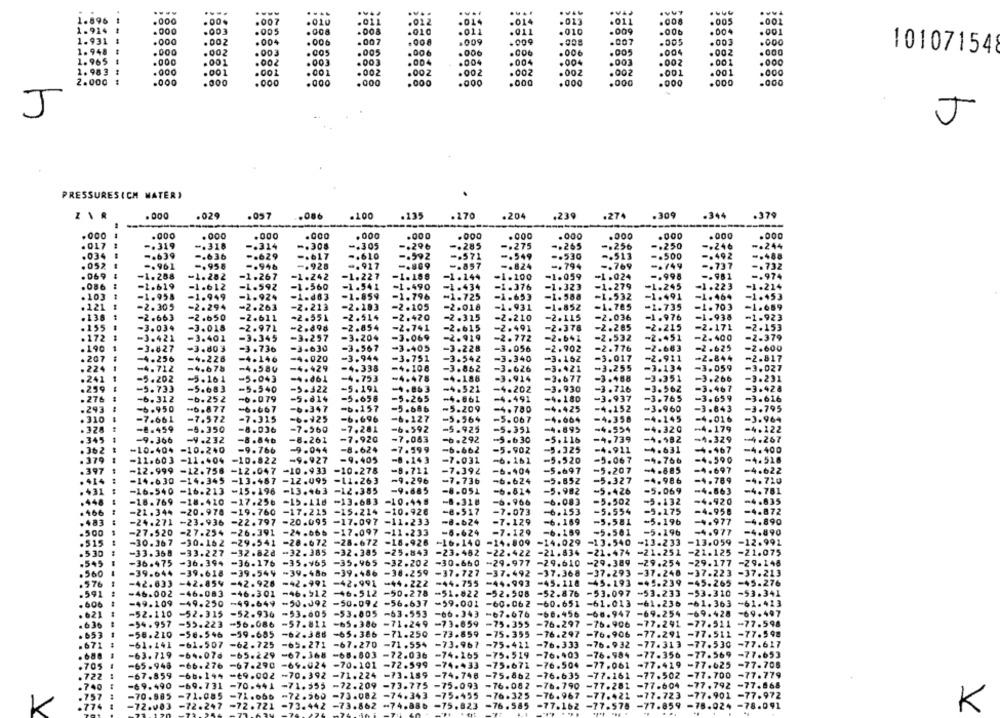
....
....
....
1.896
.000
.010
.011
.022
.014
.014
.013
.011
.008
.005
.001
1.914 1
.004
.000
.003
.005
. 008
.008
.010
.011
.011
.010
.009
.001
1.931 1
.000
. 002
.004
. 006
.007
.008
.009
. 009
.008
.007
.003
.000
1.948 $
.000
.002
.005
.005
.006
.006
.005
.004
.002
.000
101071548
.003
.006
.006
1.965 1
.000
.001
.002
.003
.003
.004
.004
. 004
.004
.003
.002
. 001
.000
1. 983 1
.000
.001
.001
.001
.002
.00Z
.002
.002
.002
.002
.001
.001
.000
2.000 :
.000
.000
.000
.000
.000
.000
.000
.000
.000
.000
.000
.000
J
J
PRESSURESICH MATER)
ZAR
.000
.029
.057
.086
.100
.135
-270
.204
.239
.274
.309
-344
.379
.000
.0Oo
.000
.000
.GOO
.000
.000
.000
.000
.000
.000
.000
.000
.000
-. 319
-. 318
-. 314
-. 308
-. 305
-. 296
-. 285
-. 275
-. 265
-. 256
-. 250
-. 244
. 017
.034
-. 639
-. 636
-. 629
-. 617
-. 610
-. 571
-. 549
-. 530
-. 513
-. 500
-. 492
. 052
-. 961
-. 958
-. 946
-. 928
.. 917
-. 869
-. 857
-. 824
-. 794
-. 769
-. 749
-. 737
-. 732
. 069
-1.288
-1.282
-1.267
-1.242
-1.227
-1.189
-1.144
-1.200
-1.059
-1.024
-. 998
-- 981
-. 974
.086
-1.619
-1.612
-1.592
-1.560
-1.541
-1.490
-1.434
-1.376
-1.323
-1.279
-1.245
-1.223
-1.214
-1.859
-1.588
-1.453
. 103
-1.958
-1.949
-1.924
-1-d63
-1.796
-1.725
-1.653
-1.532
-1.491
-1.464
.121
-2.305
-2.294
-2.263
-2.213
-2.183
-2.105
-2.018
-1.931
-1.852
-1.785
-1.735
-1. 703
-1.659
.138
-2.551
-2.514
-2.315
-2.036
-1.976
-1.938
-1.923
-2.663
-2.650
-2.611
-2.420
-2.210
-2.115
.155
-3.034
-3.018
-2.97L
-2.498
-2.854
-2.741
-2.615
-2.491
-2.378
-2.285
2.215
-2.171
-2.153
.172
-3.421
-3.401
-3.345
-3.257
3.204
-3.069
-2.919
-2.772
-2.641
-2.532
-2.451
-2.400
-2-379
. 190
-3.827
-3.803
-3.736
-3-630
-3.567
-3.405
-3.228
-3.056
-2.902
-2.776
-2.683
-2.625
-2.600
. 207
-4.256
-4.228
-4.146
-4.020
-3.944
-3.751
-3.542
-3.340
-3.162
-3.017
-2.911
-2.844
-2.817
-3.255
-3.134
-3.059
-3.027
.224
-4.712
-4.678
-4.584
-4.429
-4.338
=4.108
-3.862
-3.626
-3.421
.241
-5.202
-5.16 1
-5.043
-4.dbl
-4.753
-4.478
-4.188
-3.914
-3.677
-3.468
-3.351
-3.266
-3.231
.259
-5.683
-5.540
-5.322
-5.191
-4.863
-4.521
-3.930
-3.716
-3.562
-3.467
-3.428
-5.733
-4.202
.276
-6.312
-b.25 2
-6.079
-5.614
-5.656
-5.265
-4.661
-4.491
-4.180
-3.937
-3.765
-3.659
-3.616
.293
-6.950
-6.877
-6.667
-6.347
-b.157
-5.686
-5.209
-4.780
-4.425
-4.152
-3.960
-3.843
-3.795
-4.358
. 310
=7.661
=7.572
-7.315
-6.925
-6.696
-6.127
-5.564
-5.067
=4.064
-4.145
-4.016
-3.964
.328
-2.459
-5.350
-8.036
-7.260
-7.281
-6.592
-5.925
-5.351
-4.895
-4.554
-4.320
-4.179
. 345
-8.261
-7.920
-7.083
-4.739
-1.182
.267
-9.366
-. 232
-8.846
-6.292
-5.630
-5.116
-4.329
. 362
-10-404
-10.240
=9.766
-9.044
-8.624
-7.599
-6.662
-5.902
-5.325
-4.911
-4.631
-. 167
1. 400
-11.603
-11.404
-10.822
-9.927
-9.405
-8 .143
-7.031
-6.161
-5.520
-5.067
-4.766
-4.590
397
-12.999
-12.758
-12.047
-10.933
-10.278
-B. 711
-7.392
-6.404
-5.697
-5.207
-4.697
-4.622
-14.630
-14.345
-13.487
-12.095
-11.263
-9.296
-7. 736
-6.624
-5.852
-5.327
-4.986
-4.789
-4.710
-9.885
-4.781
-16.540
-16.213
-15.196
-13.463
-12.385
-8-051
-5.814
-5.982
-5.426
-5.069
-4.863
-18.769 -18.410
-17.256
-13.683
-10.448
966
6.083
502
-5.132
-4.920
=4.835
-17.215
-15.214 -10.928
-8.517
-6.153
-5.175
-4.958
-4.872
-21.344 -20.978
-19.760
. 483
-24.271 -23.936
-22.797
-20.095
-17.097 -11.233
-8.624
-7. 129
-6.169
-5.581
-5.196
-4.977
-4.890
-27.520
-27.254
-26.391
-24.666
-17.097
-11.233
-5.629
-7.129
-6.169
-5.501
-5.196
-4.977
-4.890
.515
-30.367
-30.162
-29.541
-28.672
-28-672 -18.926
+16.140
-14.809
-14.029
-13.540
-13.233
-13.059
-12.991
.530
-33.368 -33.227
-32.824
-32.385
-25.843
-23.462
-22.422
-21.834
-21.474
-21.251
-21.125
-21.075
.545
-36.475
-36.394
-36.176
-35.965
-35.965
-32.202
-30.660
~29.977
-29.610
₾29.389
-29.254
-29.177
-29.146
. 560
-39-644
-39.618
-39.544
-39.486
-38.259
-37.727
-37.492
-37.368
-37.293 -37.246
-37.223
-37.213
.576
-42.854
-42.991 -42.991
-44.222
-44.755
-44.993
-45.118 -45.193 -45.239
-45.265 -45-276
-42.633
-42.926
.591
-46.002
-46.083
-46.301
-46.512
-46.512 -50.278
-52.876
.097
-53.310
-53.341
. 606
-49.109
-49.250
-49.649 ⑉50.092 -50.092 -56.637
.001
-60.062
-60.651
. 013
=61.363
-61.413
947
. 621
=52.110 -52.315
-52.936
⑉53.605 -53.005 -63.553
-66.456 -68.947
-69.254
-69.428
-69.497
.636
-54.957
-55.223
-56.086
-57.811 -65.386
-71.249
-73.659
-75.355
-76.297 -76.906
-77.291 -77.511 -77.598
. 653
1
-58.210
-56.546 -59-685
-62.388 -65.386
-71.250
-73.859
-75.355
=76.297
-76.906 -77.291 -77.512 -77.598
.906
-61.241
-61.507 -62.725
-65.271
-67.270
-71.554
-73.967
-75.411
-76.333 -76.932
-77.313 -77.530
-77.617
-63.719
-64.076 -65.229 ⑉67.368 -68.003 -72.036
-74.165
-75.519
=76.403
-76.984 -77.356 -77.569 -77.653
.705
-65.948
-66.276 -67.290 -69.024 -70.101 -72.599
-74.433 -75.671 -76,504 -77,061 -77.419 -77.625
-77.708
-67.859
-66194 -69.002 -70.392 -71.224 -73.159
-74.748 -75.862 -76.635 -77.161 -77.502 -77.700
-77.779
-69.490
⑉69.731 -70.441 -71.555 -72.209 -73.775
-75.093 -76.082
-76.790 -77.281 -77.604
-77.792
-77.888
.757
-70.985
-71.085
-71.065
⑉72.360 -73.082
-74.343
-75.455
-76.325
-76.967 -77.421
=77.723 -77.901
.774
K
K